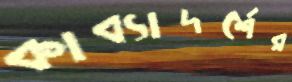
কাব্যাদর্শের